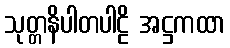
သုတ္တနိပါတပါဠိ အဋ္ဌကထာ